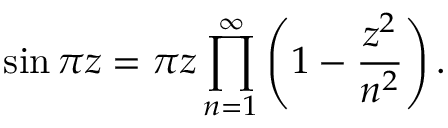
\sin \pi z = \pi z \prod _ { n = 1 } ^ { \infty } \left( 1 - { \frac { z ^ { 2 } } { n ^ { 2 } } } \right) .